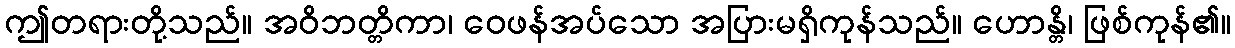
ဤတရားတို့သည်။ အဝိဘတ္တိကာ၊ ဝေဖန်အပ်သော အပြားမရှိကုန်သည်။ ဟောန္တိ၊ ဖြစ်ကုန်၏။